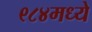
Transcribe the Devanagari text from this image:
९८४मध्ये